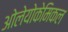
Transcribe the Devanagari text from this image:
ओलेयोकेमिकल